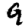
Digit: 9